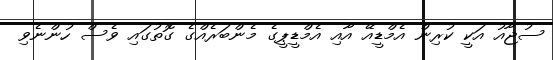
ސުޖާއު އަކީ ކުރިން އެމްޑީއޭ އާއި އެމްޑީޕީގެ މެންބަރެއްގެ ގޮތުގައި ވެސް ހުންނެވި